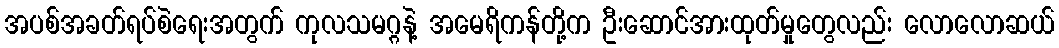
အပစ်အခတ်ရပ်စဲရေးအတွက် ကုလသမဂ္ဂနဲ့ အမေရိကန်တို့က ဦးဆောင်အားထုတ်မှုတွေလည်း လောလောဆယ်